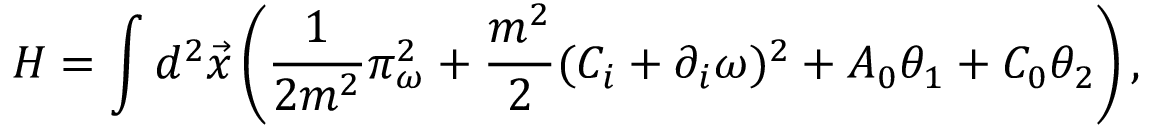
H = \int d ^ { 2 } \vec { x } \left( \frac 1 { 2 m ^ { 2 } } \pi _ { \omega } ^ { 2 } + \frac { m ^ { 2 } } { 2 } ( C _ { i } + \partial _ { i } \omega ) ^ { 2 } + A _ { 0 } \theta _ { 1 } + C _ { 0 } \theta _ { 2 } \right) ,